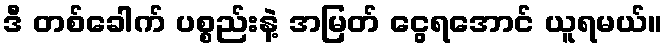
ဒီ တစ်ခေါက် ပစ္စည်းနဲ့ အမြတ် ငွေရအောင် ယူရမယ်။